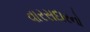
વારસદારનો